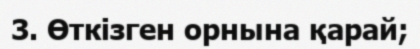
3. Өткізген орнына қарай;